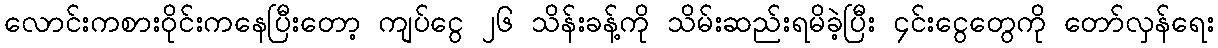
လောင်းကစားဝိုင်းကနေပြီးတော့ ကျပ်ငွေ ၂၆ သိန်းခန့်ကို သိမ်းဆည်းရမိခဲ့ပြီး ၄င်းငွေတွေကို တော်လှန်ရေး